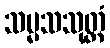
သမ္မသသုတ္တံ